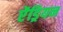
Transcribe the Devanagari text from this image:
ऐंड्रियन